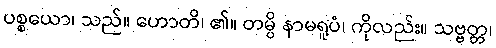
ပစ္စယော၊ သည်။ ဟောတိ၊ ၏။ တမ္ပိ နာမရူပံ၊ ကိုလည်း။ သဗ္ဗတ္တ၊